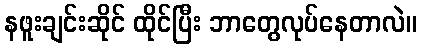
နဖူးချင်းဆိုင် ထိုင်ပြီး ဘာတွေလုပ်နေတာလဲ။